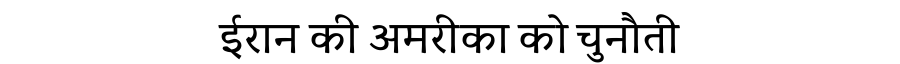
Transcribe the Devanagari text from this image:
ईरान की अमरीका को चुनौती